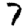
Digit: 7